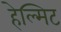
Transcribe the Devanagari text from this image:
हेल्मिट